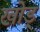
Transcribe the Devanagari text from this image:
खोड्